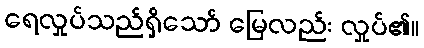
ရေလှုပ်သည်ရှိသော် မြေလည်း လှုပ်၏။